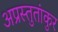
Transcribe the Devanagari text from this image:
अप्रस्तुतांकुर